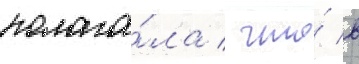
полага́ла / что́ в